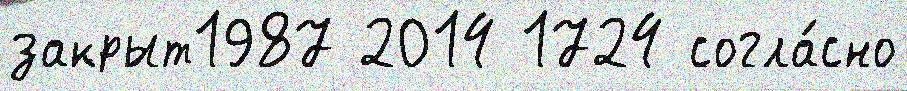
закрыт1987 2014 1724 согла́сно